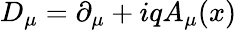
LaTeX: D_{\mu}=\partial_{\mu}+iqA_{\mu}(x)